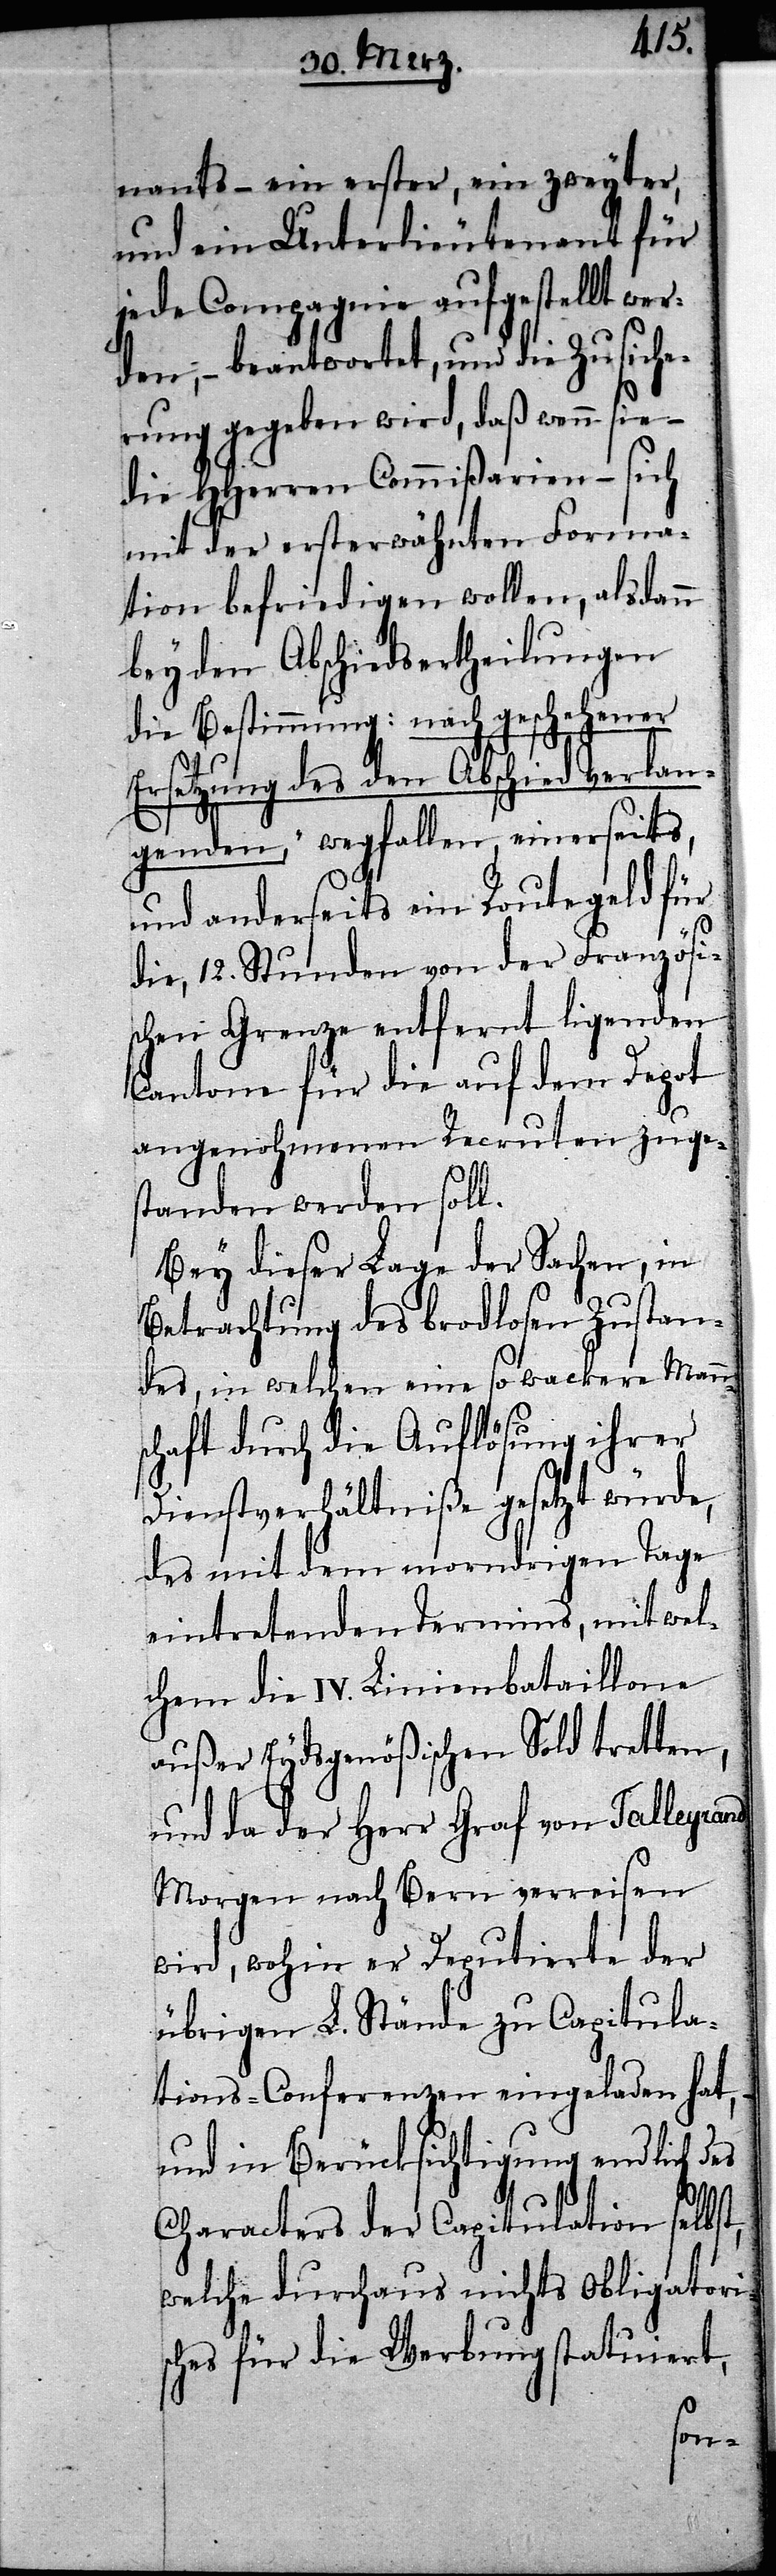
natns – ein erster, ein zweyter,
und ein Unterlieutenant für
jede compgagnie aufgestellt wer¬
den, – beantwortet, und die Zusiche¬
rung gegeben wird, daß wenn sie –
die HHerren Commißarien – sich
mit der ersterwähnten Forma¬
tion befriedigen wollen, alsdann
bey den Abschiedsertheilungen
die Bestimmung: [„]nach geschehener
Ersetzung des den Abschied verlan¬
genden,“ wegfallen, einerseits,
und anderseits ein routegeld für
die, 12. Stunden von der Französi¬
schen Grenze entfernt ligenden
Cantone für die auf dem Depot
angenohmenen Recruten zuges¬
tanden werden soll.
Bey dieser Lage der Sachen, in
Betrachtung des brodlosen Zustan¬
des, in welchen eine so wackere Mann¬
schaft durch die Auflösung ihrer
Dienstverhältniße gesetzt würde,
des mit dem morndrigen Tage
eintretenden Termins, mit wel¬
chem die IV. Linienbataillone
außer Eydsgenößischen Sold tretten,
und da der Herr Graf von Talleyrand
Morgen nach Bern verwiesen
wird, wohin er Deputierte der
übrigen L. Stände zu Capitula¬
tions-Conferenz eingeladen hat,
und in Berücksichtigung endlich des
Characters der Caitulation selbst,
welche durchaus nichts Obligatoris¬
ches für die Werbung statuiert,